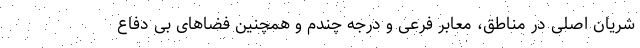
شریان اصلی در مناطق، معابر فرعی و درجه چندم و همچنین فضاهای بی دفاع